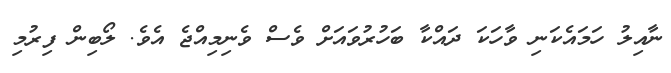
ނާއިލު ހަމައެކަނި ވާހަކަ ދައްކާ ބަހުރުވައަށް ވެސް ވެނިމިއްޖެ އެވެ. ލޯބިން ފިރުމި